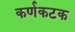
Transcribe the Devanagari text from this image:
कर्णकटक